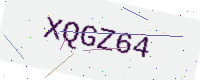
Text: XQGZ64